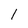
Character: 1